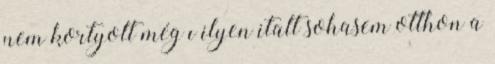
nem kortyolt még ı ilyen italt sohasem otthon a